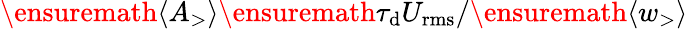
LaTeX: \ensuremath{\langle A_{>}\rangle}\ensuremath{\tau_{\mathrm{d}}}U_{\mathrm{rms}}/\ensuremath{\langle w_{>}\rangle}